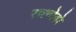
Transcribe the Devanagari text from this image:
रचनोवो